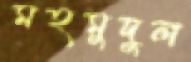
মহমুদুল